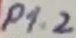
Text: P1.2